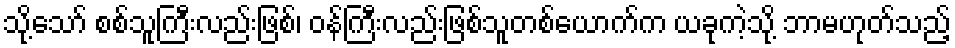
သို့သော် စစ်သူကြီးလည်းဖြစ်၊ ဝန်ကြီးလည်းဖြစ်သူတစ်ယောက်က ယခုကဲ့သို့ ဘာမဟုတ်သည့်